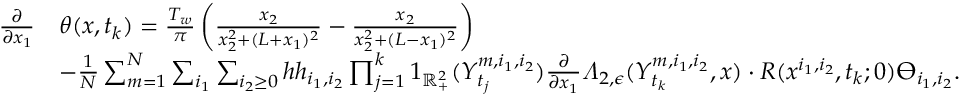
\begin{array} { r l } { \frac { \partial } { \partial x _ { 1 } } } & { \theta ( x , t _ { k } ) = \frac { T _ { w } } { \pi } \left( \frac { x _ { 2 } } { x _ { 2 } ^ { 2 } + ( L + x _ { 1 } ) ^ { 2 } } - \frac { x _ { 2 } } { x _ { 2 } ^ { 2 } + ( L - x _ { 1 } ) ^ { 2 } } \right) } \\ & { - \frac { 1 } { N } \sum _ { m = 1 } ^ { N } \sum _ { i _ { 1 } } \sum _ { i _ { 2 } \geq 0 } h h _ { i _ { 1 } , i _ { 2 } } \prod _ { j = 1 } ^ { k } 1 _ { \mathbb { R } _ { + } ^ { 2 } } ( Y _ { t _ { j } } ^ { m , i _ { 1 } , i _ { 2 } } ) \frac { \partial } { \partial x _ { 1 } } \varLambda _ { 2 , \epsilon } ( Y _ { t _ { k } } ^ { m , i _ { 1 } , i _ { 2 } } , x ) \cdot R ( x ^ { i _ { 1 } , i _ { 2 } } , t _ { k } ; 0 ) \varTheta _ { i _ { 1 } , i _ { 2 } } . } \end{array}